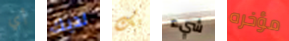
أي لديك بك شيء مؤخره